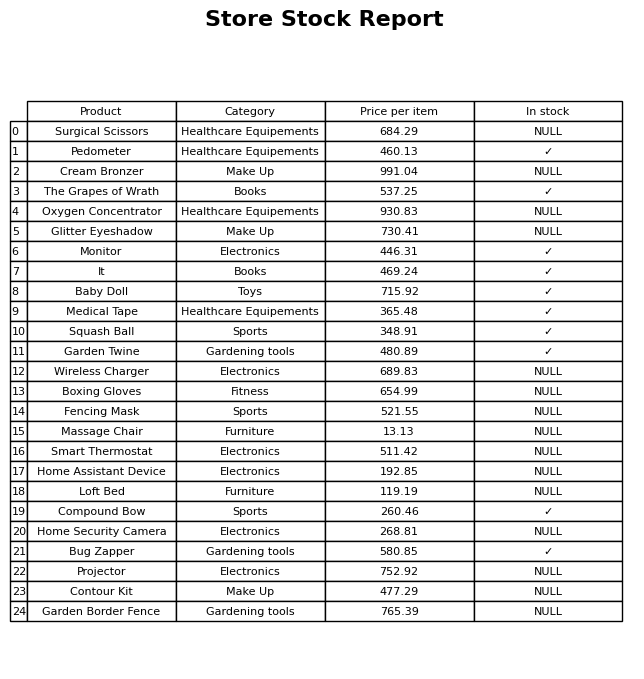
question: What is the price for Home Assistant Device?
answer: The price of Home Assistant Device is 192.85.